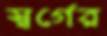
স্বর্গের